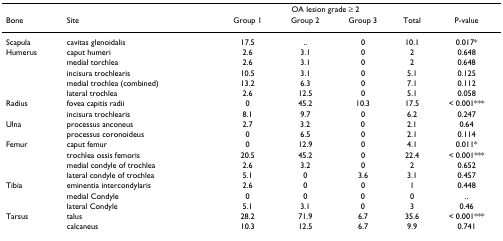
|  |  | <COLSPAN=4> OA lesion grade ≥ 2 |  |
 | Bone | Site | Group 1 | Group 2 | Group 3 | Total | P-value |
 | --- | --- | --- | --- | --- | --- | --- |
 | Scapula | cavitas glenoidalis | 17.5 | .. | 0 | 10.1 | 0.017* |
 | Humerus | caput humeri | 2.6 | 3.1 | 0 | 2 | 0.648 |
 |  | medial torchlea | 2.6 | 3.1 | 0 | 2 | 0.648 |
 |  | incisura trochlearis | 10.5 | 3.1 | 0 | 5.1 | 0.125 |
 |  | medial trochlea (combined) | 13.2 | 6.3 | 0 | 7.1 | 0.112 |
 |  | lateral trochlea | 2.6 | 12.5 | 0 | 5.1 | 0.058 |
 | Radius | fovea capitis radii | 0 | 45.2 | 10.3 | 17.5 | < 0.001*** |
 |  | incisura trochlearis | 8.1 | 9.7 | 0 | 6.2 | 0.247 |
 | Ulna | processus anconeus | 2.7 | 3.2 | 0 | 2.1 | 0.64 |
 |  | processus coronoideus | 0 | 6.5 | 0 | 2.1 | 0.114 |
 | Femur | caput femur | 0 | 12.9 | 0 | 4.1 | 0.011* |
 |  | trochlea ossis femoris | 20.5 | 45.2 | 0 | 22.4 | < 0.001*** |
 |  | medial condyle of trochlea | 2.6 | 3.2 | 0 | 2 | 0.652 |
 |  | lateral condyle of trochlea | 5.1 | 0 | 3.6 | 3.1 | 0.457 |
 | Tibia | eminentia intercondylaris | 2.6 | 0 | 0 | 1 | 0.448 |
 |  | medial Condyle | 0 | 0 | 0 | 0 | .. |
 |  | lateral Condyle | 5.1 | 3.1 | 0 | 3 | 0.46 |
 | Tarsus | talus | 28.2 | 71.9 | 6.7 | 35.6 | < 0.001*** |
 |  | calcaneus | 10.3 | 12.5 | 6.7 | 9.9 | 0.741 |